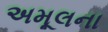
અમૂલના